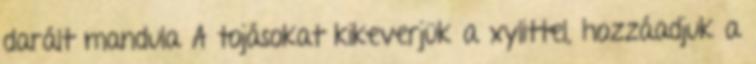
darált mandula A tojásokat kikeverjük a xylittel, hozzáadjuk a